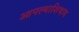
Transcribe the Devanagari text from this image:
आपल्याशिवाय